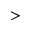
>